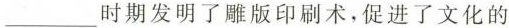
___时期发明了雕版印刷术，促进了文化的